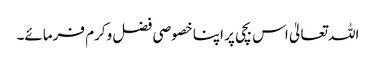
اللہ تعالیٰ اس بچی پر اپنا خصوصی فضل وکرم فرمائے۔